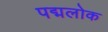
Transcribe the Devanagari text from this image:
पद्मलोक